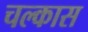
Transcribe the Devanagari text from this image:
चल्कास